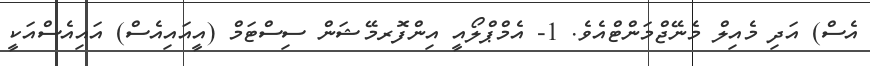
އެސް) އަދި މެއިލް މެނޭޖްމަންޓްއެވެ. 1- އެމްޕްލޯއީ އިންފޮރމޭޝަން ސިސްޓަމް (އީއައިއެސް) އައިއެސްއަކީ